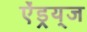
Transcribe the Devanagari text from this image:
ऐंड्रय्‌ज